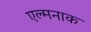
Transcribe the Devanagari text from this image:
एल्मनाक